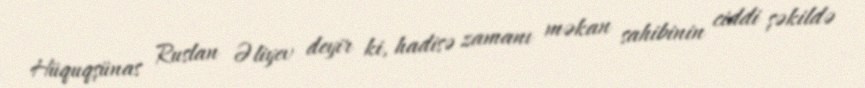
Hüquqşünas Ruslan Əliyev deyir ki, hadisə zamanı məkan sahibinin ciddi şəkildə